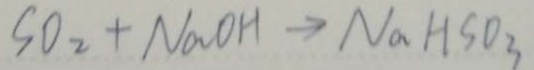
S O _ { 2 } + N a O H \rightarrow N a H S O _ { 3 }